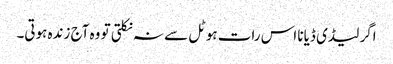
اگر لیڈی ڈیانا اس رات ہوٹل سے نہ نکلتی تو وہ آج زندہ ہوتی۔